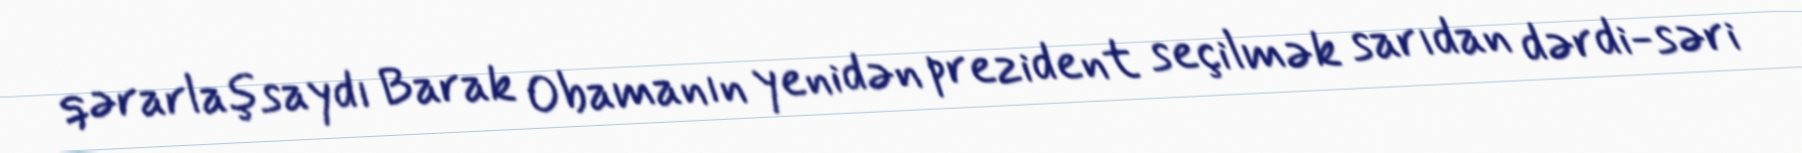
qərarlaşsaydı Barak Obamanın yenidən prezident seçilmək sarıdan dərdi-səri